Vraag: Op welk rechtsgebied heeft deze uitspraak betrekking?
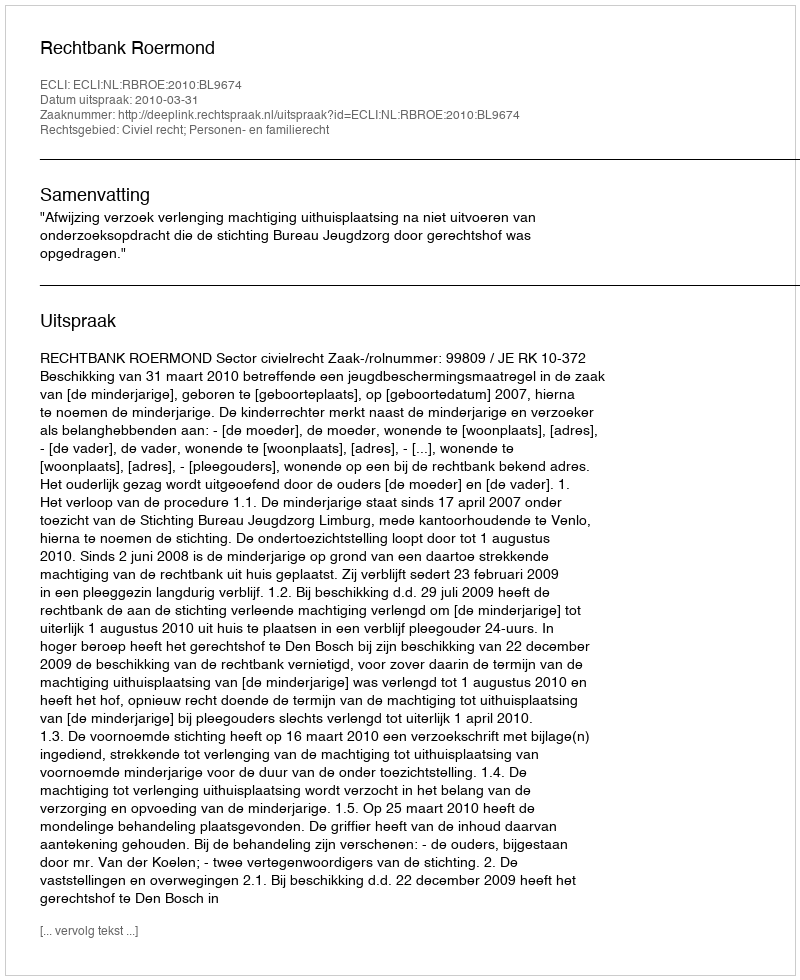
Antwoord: Civiel recht; Personen- en familierecht